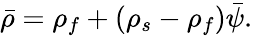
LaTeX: \bar{\rho}=\rho_{f}+(\rho_{s}-\rho_{f})\bar{\psi}.